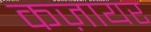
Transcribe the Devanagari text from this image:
कज़ायर